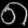
Digit: ၈